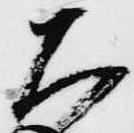
ち